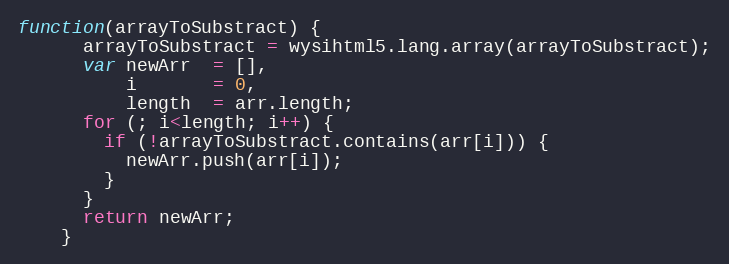
Language: JavaScript
function(arrayToSubstract) {
      arrayToSubstract = wysihtml5.lang.array(arrayToSubstract);
      var newArr  = [],
          i       = 0,
          length  = arr.length;
      for (; i<length; i++) {
        if (!arrayToSubstract.contains(arr[i])) {
          newArr.push(arr[i]);
        }
      }
      return newArr;
    }